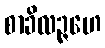
စာခိလဉ္ဇဟေ